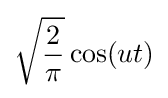
{\sqrt {\frac {2}{\pi }}}\cos(ut)